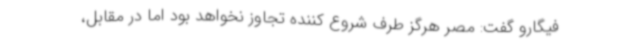
فیگارو گفت: مصر هرگز طرف شروع کننده تجاوز نخواهد بود اما در مقابل،